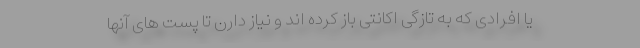
یا افرادی که به تازگی اکانتی باز کرده اند و نیاز دارن تا پست های آنها